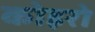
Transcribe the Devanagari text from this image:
कोइरो